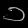
Digit: ၁